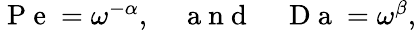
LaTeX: \begin{array}{r}{\mathrm{~P~e~}=\omega^{-\alpha},\quad\mathrm{~a~n~d~}\quad\mathrm{~D~a~}=\omega^{\beta},}\end{array}